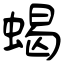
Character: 蝎